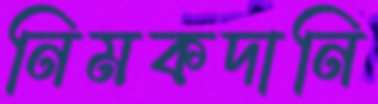
নিমকদানি